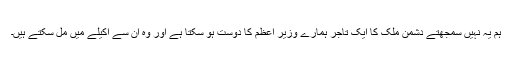
ہم یہ نہیں سمجھتے دشمن ملک کا ایک تاجر ہمارے وزیر اعظم کا دوست ہو سکتا ہے اور وہ اُن سے اکیلے میں مل سکتے ہیں۔